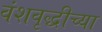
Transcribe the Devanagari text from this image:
वंशवृद्धीच्या